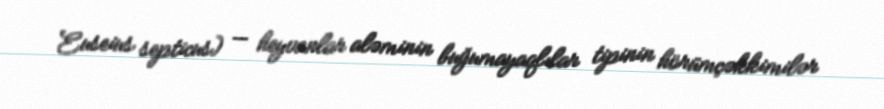
Euseius septicus) — heyvanlar aləminin buğumayaqlılar tipinin hörümçəkkimilər